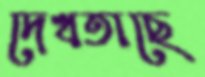
দেখতাছে